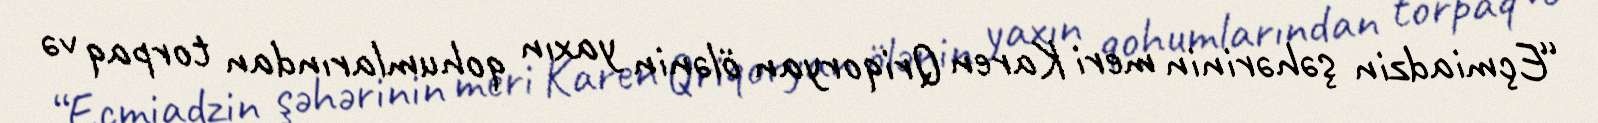
“Eçmiadzin şəhərinin meri Karen Qriqoryan ölənin yaxın qohumlarından torpaq və